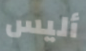
أليس